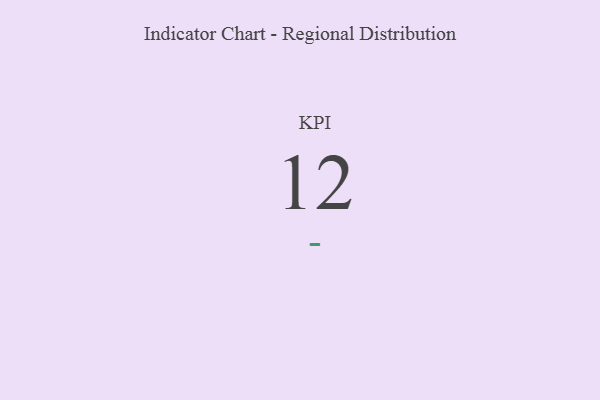
{"axis": {"x": "KPI", "y": "Value"}, "legend": [""], "data": [{"x": "KPI", "y": 12, "type": ""}]}